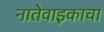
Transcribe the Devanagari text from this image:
नातेवाइकाचा